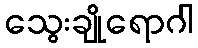
သွေးချိုရောဂါ